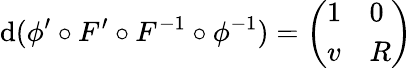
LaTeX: \mathrm{d}(\phi^{\prime}\circ F^{\prime}\circ F^{-1}\circ\phi^{-1})=\left(\begin{array}{ll}{1}&{0}\\ {v}&{R}\end{array}\right)